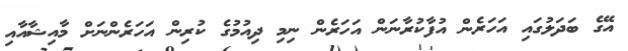
އޭގެ ބަދަލުގައި އަހަރެން އުފާކުރާނަން އަހަރެން ނިމި ދިއުމުގެ ކުރިން އަހަރެންނަށް މާއިޝާއާއި